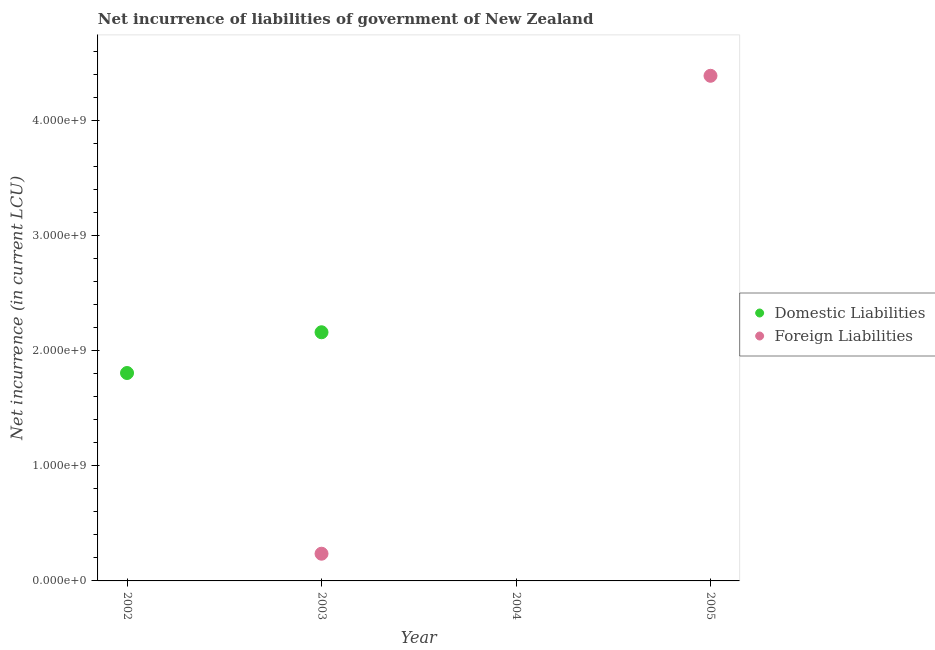
| Year | Domestic Liabilities | Foreign Liabilities |
 | --- | --- | --- |
 | 2002 | 1.81e+09 | -1.31e+09 |
 | 2003 | 2.16e+09 | 2.36e+08 |
 | 2004 | -5.26e+08 | -4.14e+08 |
 | 2005 | -2.72e+09 | 4.39e+09 |